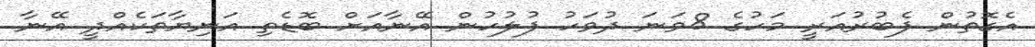
އެގޮތުން ފެބުރުއަރީ މަހުގެ 8ވަނަ ދުވަހު ފުލުހުން އޭނާއަށް ބޮޑެތި އަނިޔާތަކެއްދީ އޭނާ